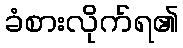
ခံစားလိုက်ရ၏